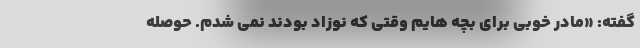
گفته: «مادر خوبی برای بچه هایم وقتی که نوزاد بودند نمی شدم. حوصله